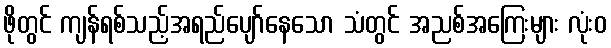
ဖိုတွင် ကျန်ရစ်သည့်အရည်ပျော်နေသော သံတွင် အညစ်အကြေးများ လုံးဝ